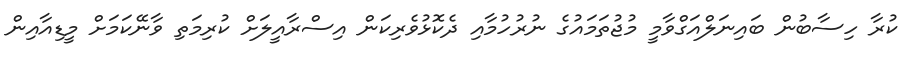
ކުރާ ހިސާބުން ބައިނަލްއަގްވާމީ މުޖުތަމައުގެ ނުރުހުމާއި ދެކޮޅުވެރިކަން އިސްރާއީލަށް ކުރިމަތި ވާނޭކަމަށް މީޑިއާއިން